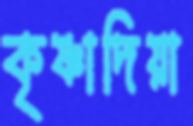
কৃষ্ণাদিয়া